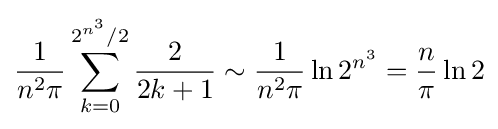
{\frac {1}{n^{2}\pi }}\sum _{k=0}^{2^{n^{3}}/2}{\frac {2}{2k+1}}\sim {\frac {1}{n^{2}\pi }}\ln 2^{n^{3}}={\frac {n}{\pi }}\ln 2